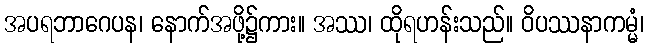
အပရဘာဂေပန၊ နောက်အဖို့၌ကား။ အဿ၊ ထိုရဟန်းသည်။ ဝိပဿနာကမ္မံ၊